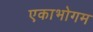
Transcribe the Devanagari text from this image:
एकाभोगम